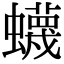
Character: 蠛